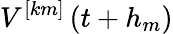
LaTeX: V^{[km]}\left(t+h_{m}\right)